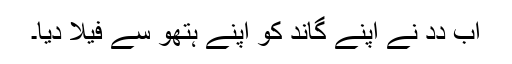
اَب دِدِ نے اَپنے گاند کو اَپنے ہتھو سے فیلا دِیا۔